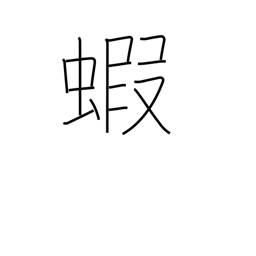
Meaning: prawn